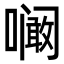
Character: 㘎